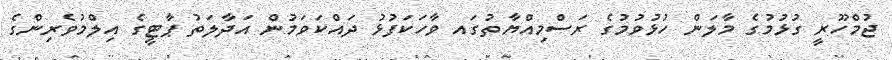
ޖުމްހޫރީ ގުޅުމުގެ މާލަން ހުޅުވުމުގެ ރަސްމިއްޔާތުގައ ވާހަކަފުޅު ދައްކަވަމުން އަދާލަތު ޕާޓީގެ އިލްމުވެރިންގެ